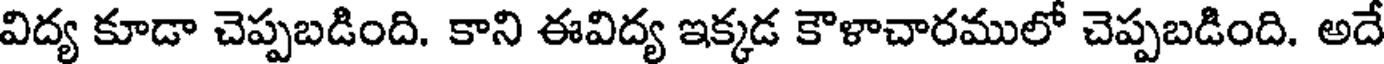
విద్య కూడా చెప్పబడింది. కాని ఈవిద్య ఇక్కడ కౌళాచారములో చెప్పబడింది. అదే